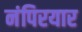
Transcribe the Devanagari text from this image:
नंपिरयार